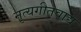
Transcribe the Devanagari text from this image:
नृत्यगीतवाद्य